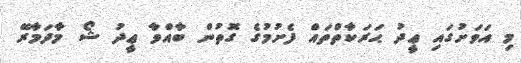
މި އަވަށުގައި ޢީދު ޙަރަކާތްތައް ފެށުމުގެ ގޮތުން ބާއްވާ ޢީދު ޝޯ މާދަމާރޭ